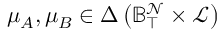
\mu _ { A } , \mu _ { B } \in \Delta \left( \mathbb { B } _ { \intercal } ^ { \mathcal { N } } \times \mathcal { L } \right)